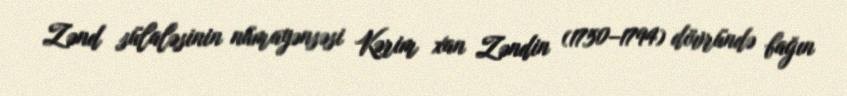
Zənd sülaləsinin nümayənsəsi Kərim xan Zəndin (1750–1794) dövründə bağın